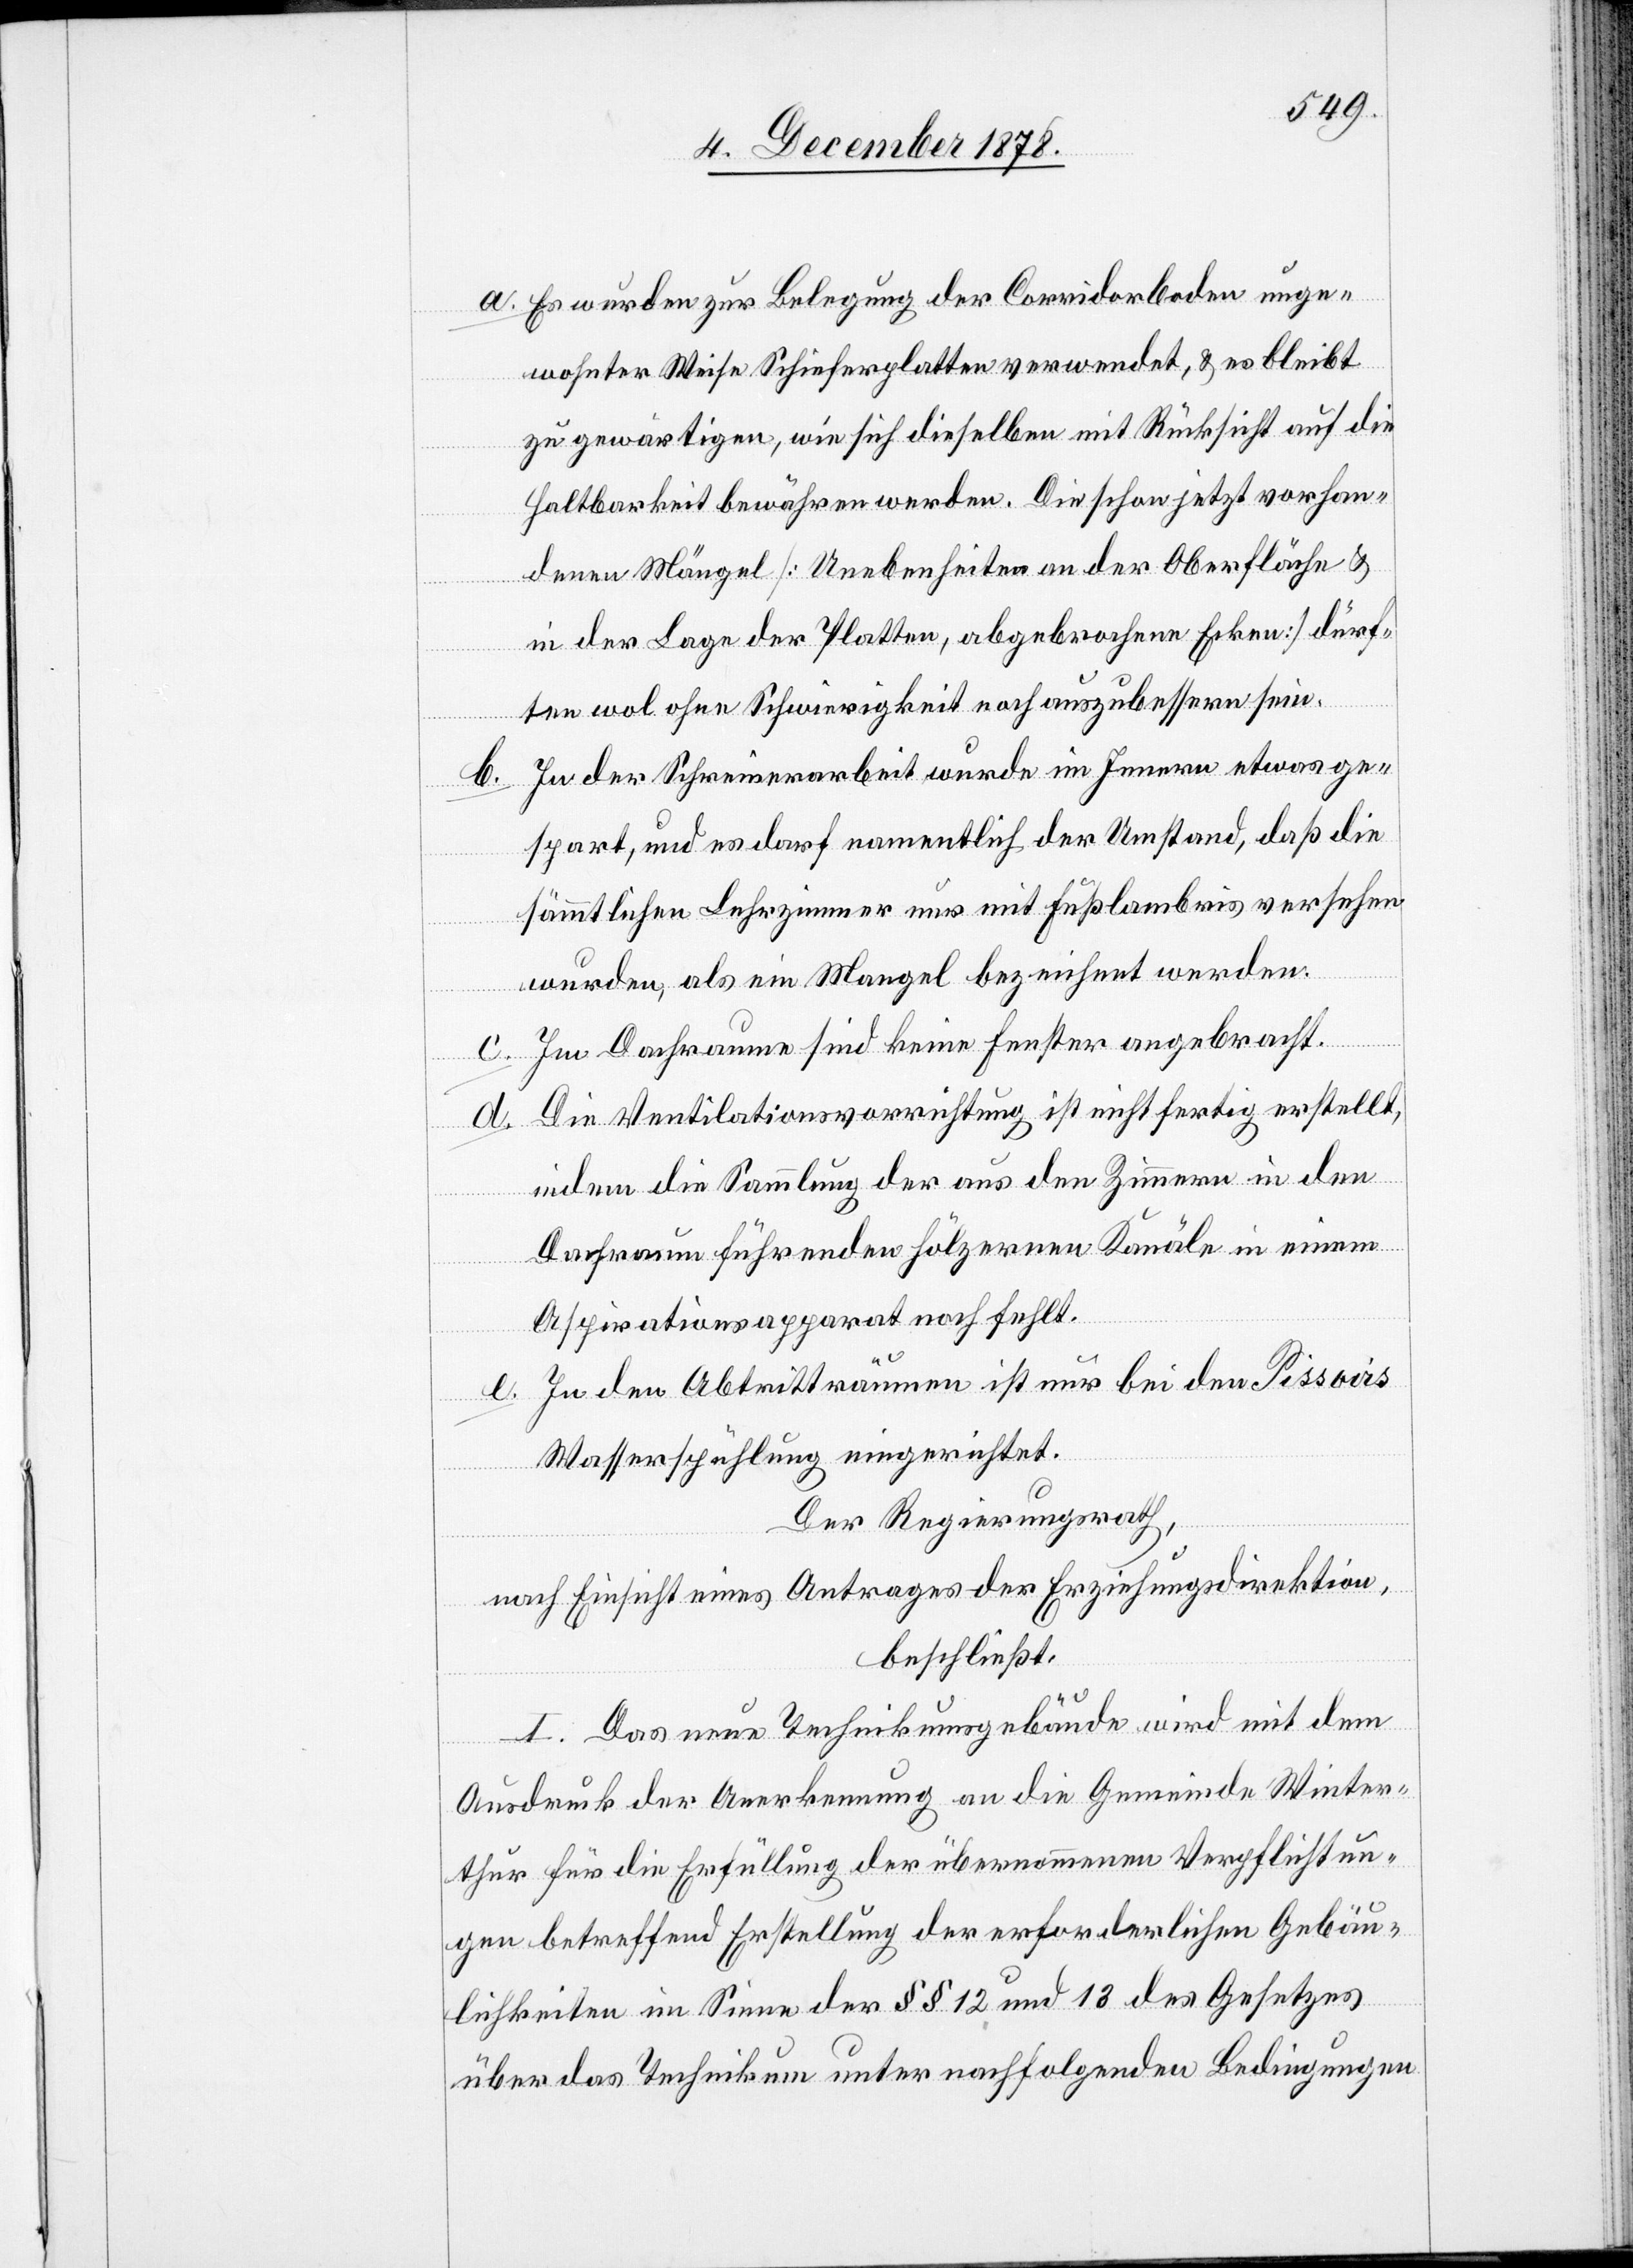
a.

Es wurden zur Belegung der Corridorboden unge¬
wohnter Weise Schieferplatten verwendet, und es bleibt
zu gewärtigen, wie sich dieselben mit Rücksicht auf die
Haltbarkeit bewähren werden. Die schon jetzt vorhan¬
denen Mängel [Unebenheiten an der Oberfläche &
in der Lage der Platten, abgebrochene Ecken] dürf¬
ten wol ohne Schwierigkeit noch auszubessern sein.
In der Schreinerarbeit wurde im Jenner etwas ge¬
spart, und es darf namentlich der Umstand, daß die
sämmtlichen Lehrzimmer nur mit Fußlambris versehen
e.
wurden, als ein Mangel bezeichnet werden.
Im Dachraume sind keine Fenster angebracht.
d.
Die Ventilationsvorrichtung ist nicht fertig erstellt,
indem die Sammlung der aus den Zimmern in den
Dachraum führenden hölzernen Kanäle in einem
Aspirationsapparat noch fehlt.
In den Abtritträumen ist nur bei den Pissoirs
Wasserspülung eingerichtet.
Der Regierungsrath,
nach Einsicht eines Antrages der Erziehungsdirektion,
beschließt:
I. Das neue Technikumsgebäude wird mit dem
Ausdruck der Anerkennung an die Gemeinde Winter¬
thur für die Erfüllung der übernommenen Verpflichtun¬
gen betreffend Erstellung der erforderlichen Gebäu¬
lichkeiten im Sinne der §§ 12 und 13 des Gesetzes
über das Technikum unter nachfolgenden Bedingungen